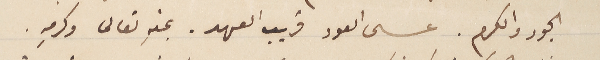
الجود والكرم. عسى العود قريب العهد. بمنهِ تعالى وكرمهِ.